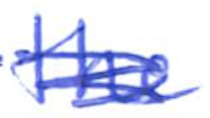
Text: the
Cross-out: scratch
Writing tool: ballpoint